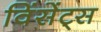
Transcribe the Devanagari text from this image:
विंसेंट्स